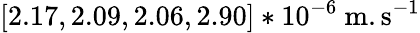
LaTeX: [2.17,2.09,2.06,2.90]*10^{-6}~\mathrm{m}.\mathrm{s}^{-1}